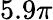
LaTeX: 5.9\pi